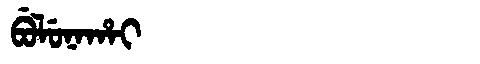
Manchu: ᠪᡠᠯᡠᠨᠠᡥᠠᡳ
Romanization: BULUNAHAI